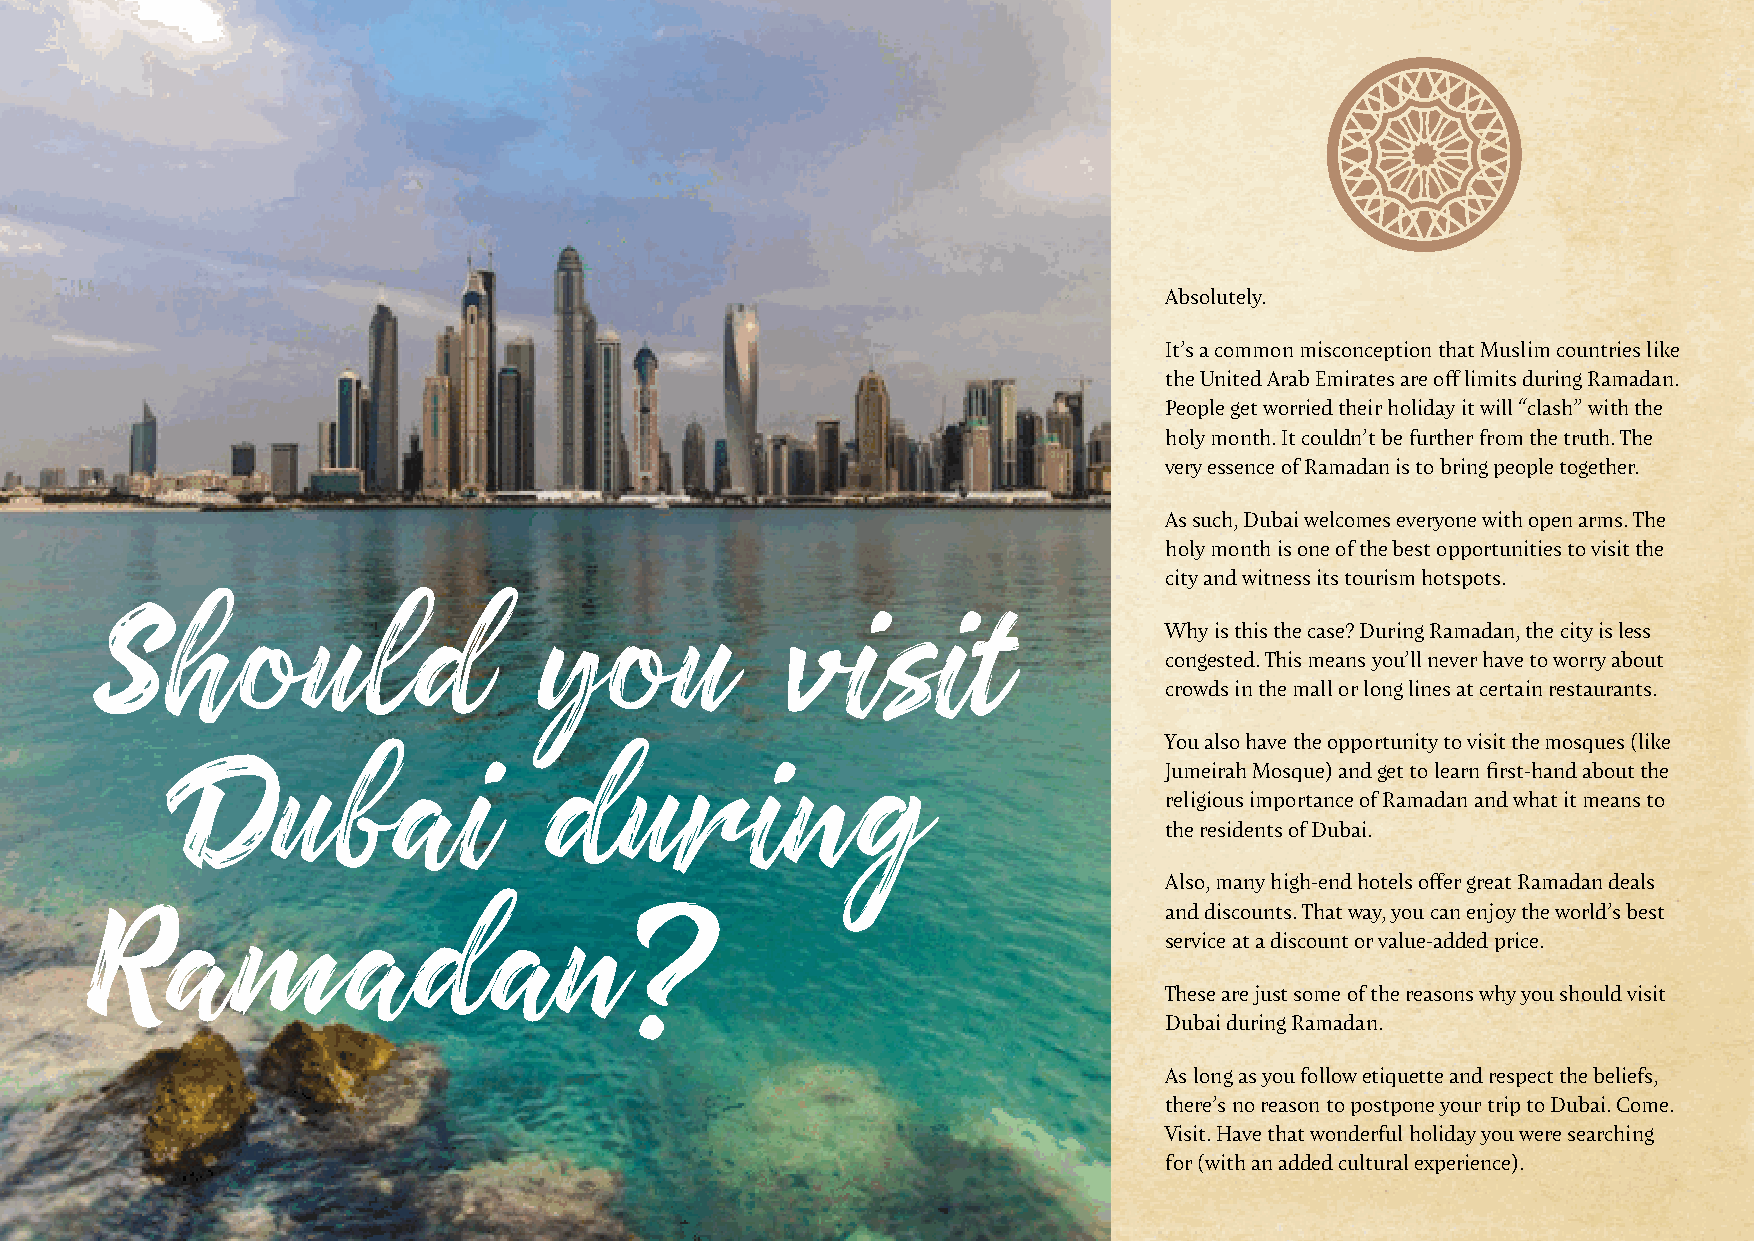
Absolutely.
 It’s a common misconception that Muslim countries like
 the United Arab Emirates are off limits during Ramadan.
 People get worried their holiday it will “clash” with the
 holy month. It couldn’t be further from the truth. The
 very essence of Ramadan is to bring people together.
 As such, Dubai welcomes everyone with open arms. The
 holy month is one of the best opportunities to visit the
 city and witness its tourism hotspots.
 Why is this the case? During Ramadan, the city is less
 Should                        you             visit                    congested. This means you’ll never have to worry about
 crowds in the mall or long lines at certain restaurants.
 You also have the opportunity to visit the mosques (like
 Jumeirah Mosque) and get to learn first-hand about the
 religious importance of Ramadan and what it means to
 Dubai                   during
 the residents of Dubai.
 Also, many high-end hotels offer great Ramadan deals
 and discounts. That way, you can enjoy the world’s best
 service at a discount or value-added price.
 Ramadan?
 These are just some of the reasons why you should visit
 Dubai during Ramadan.
 As long as you follow etiquette and respect the beliefs,
 there’s no reason to postpone your trip to Dubai. Come.
 Visit. Have that wonderful holiday you were searching
 for (with an added cultural experience).